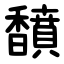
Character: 馩